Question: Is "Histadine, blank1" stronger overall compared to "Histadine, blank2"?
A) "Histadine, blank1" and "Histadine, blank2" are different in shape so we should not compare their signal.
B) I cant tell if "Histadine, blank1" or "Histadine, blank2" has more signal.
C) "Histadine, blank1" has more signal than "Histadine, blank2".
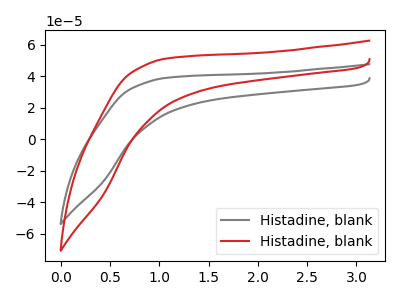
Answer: <think>The gray curve "Histadine, blank1" has no peaks. The red curve "Histadine, blank2" has no peaks.
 Neither "Histadine, blank1" or "Histadine, blank2" have any peaks.</think>
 <answer>B) I cant tell if "Histadine, blank1" or "Histadine, blank2" has more signal.</answer>
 <eval>B</eval>